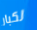
لكبار